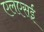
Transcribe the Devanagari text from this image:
एलएसई